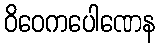
ဝိဝေကပေါဏေန